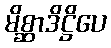
မိစ္ဆာဒိဋ္ဌိပေ